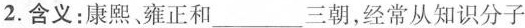
2.含义：康熙。雍正和___三朝，经常从知识分子